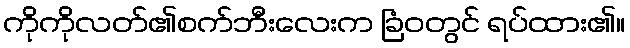
ကိုကိုလတ်၏စက်ဘီးလေးက ခြံဝတွင် ရပ်ထား၏။